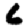
Digit: 6